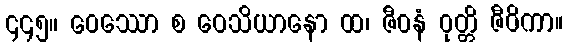
၄၄၅။ ဝေဿော စ ဝေသိယာနော ထ၊ ဇီဝနံ ဝုတ္တိ ဇီဝိကာ။